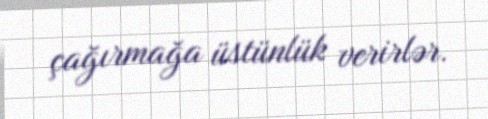
çağırmağa üstünlük verirlər.